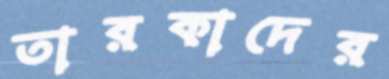
তারকাদের